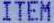
ITEM